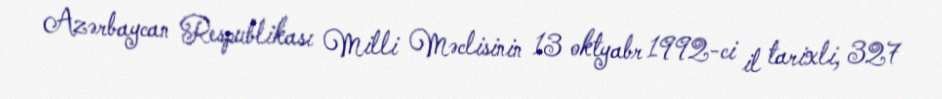
Azərbaycan Respublikası Milli Məclisinin 13 oktyabr 1992-ci il tarixli, 327